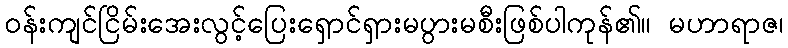
ဝန်းကျင်ငြိမ်းအေးလွင့်ပြေးရှောင်ရှားမပွားမစီးဖြစ်ပါကုန်၏။ မဟာရာဇ၊